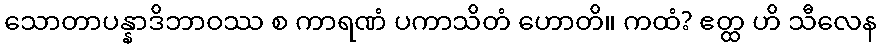
သောတာပန္နာဒိဘာဝဿ စ ကာရဏံ ပကာသိတံ ဟောတိ။ ကထံ? ဧတ္ထ ဟိ သီလေန